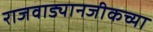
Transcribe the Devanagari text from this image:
राजवाड्यानजीकच्या